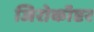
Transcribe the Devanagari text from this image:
जिरोकॉप्टर